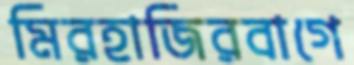
মিরহাজিরবাগে